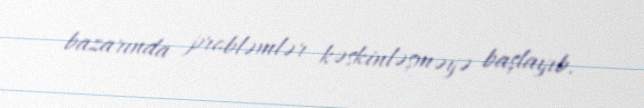
bazarında probləmlər kəskinləşməyə başlayıb.